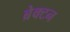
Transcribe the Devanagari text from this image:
ब्रेक्टन